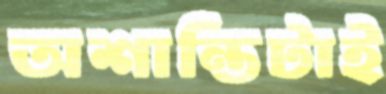
অশান্তিটাই